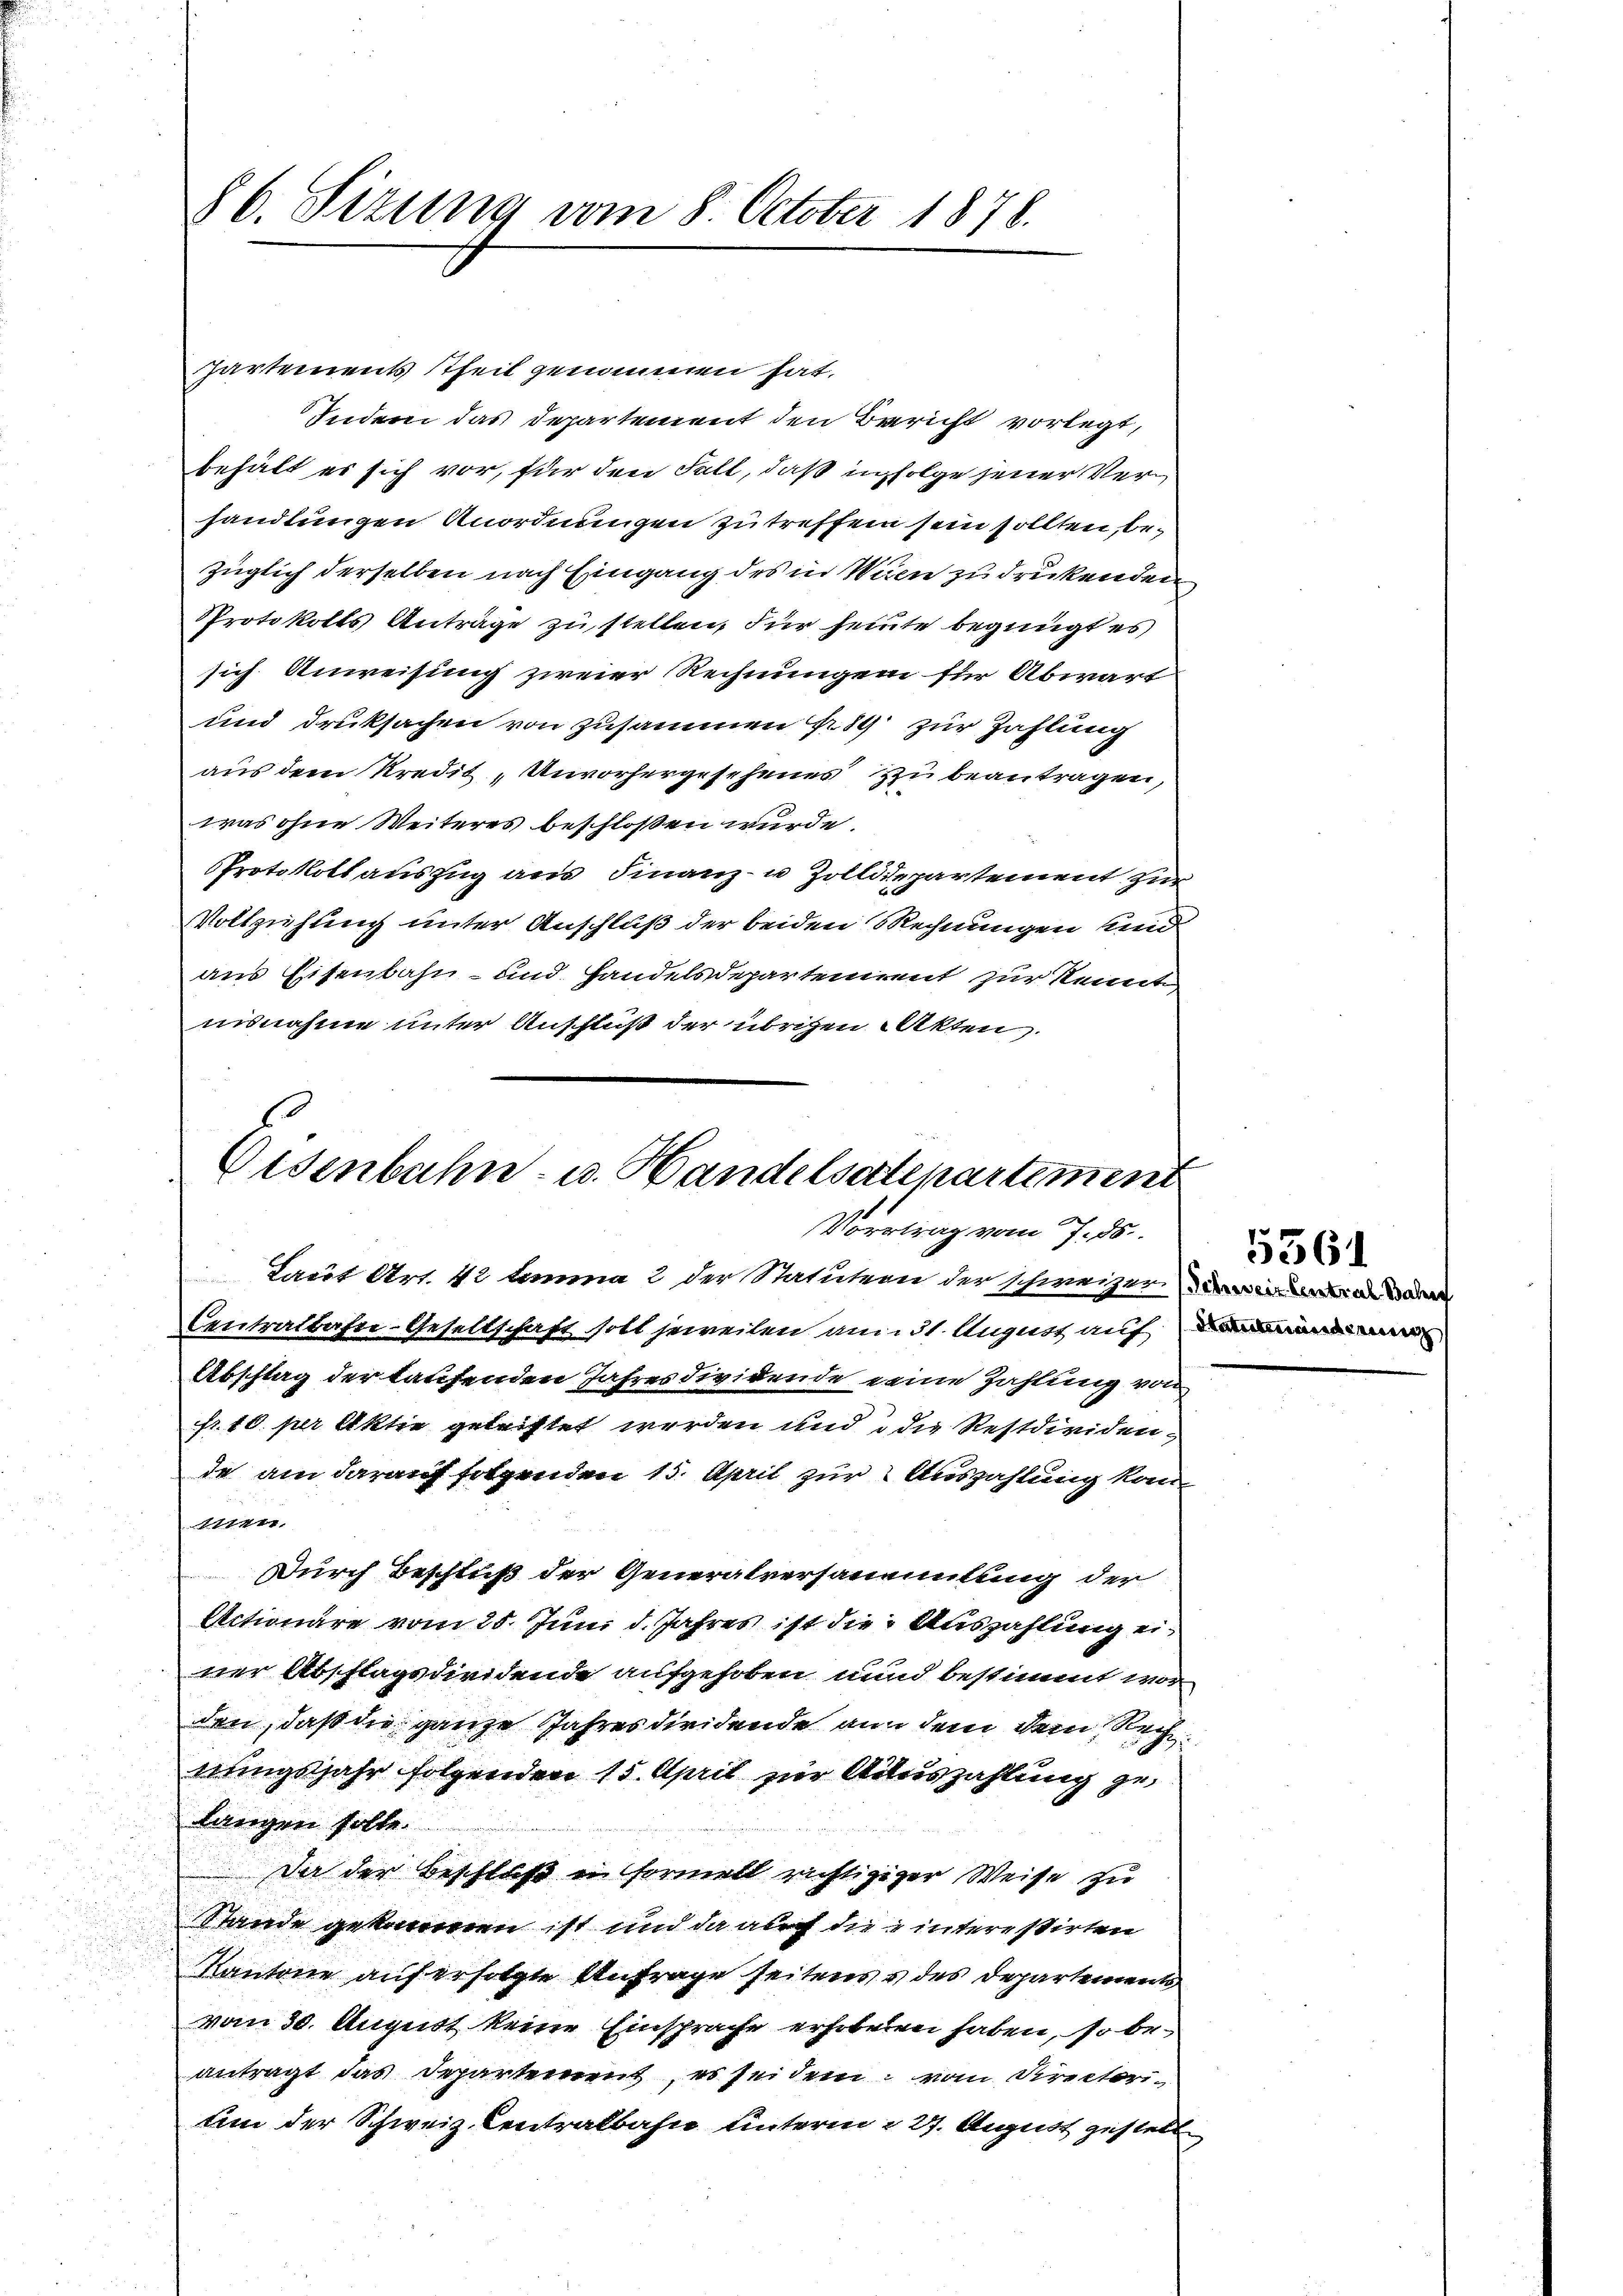
86. Sizung vom 8. October 1878.

hartements theil genommen hat.
Indem das Departement den Bericht vorlegt,
behält es sich vor, für den Fall, daß infolge jener Verhandlungen Anordnungen zu treffen sein sollten, bezüglich derselben nach Eingang des in Wien zu druckenden
Protokolls Anträge zu stellen, für heute begnügt es
sich Anweisung zweier Rechnungen für Abwart
und Drucksachen von zusammen  89 zur Zahlung
aus dem Kredit, Unvorhergesehenes zu beantragen,
was ohne Weiteres beschloßen wurde.
Protokollauszug aus Finanz- u Zolldepartement zur
Vollziehung unter Anschluß der beiden Rechnungen und
aus Eisenbahn- und Handelsdepartement zur Kennt
unnahme unter Ausfluß der übrigen Akten.

Eisenbahn- u. Handelsartepartement
Vortrag vom 7. ds.
Laut Art. 42 lemma 2 der Statutern der schweizerina war

Centralbahne-Gesellschaft soll jeweilen am 31. August auf
Abschlag der taufenden Jahres dividende eine Zahlung von
fr. 10. per Aktie getrichtet werden und die Restdividen,
de am darauf folgenden 15. April zur Auszahlung komm
mer.
Durch Beschluß der Generalversammlung der
Actionäre vom 25. Juni d. Jahres ist die Auszahlung einer Abschlagsdiridende aufgehoben unnd bestimmt wor
den, daß die ganze Jahres diridende an dem dem Rechnungsjahr folgenden 15. April zur Auszahlung gelangen solte.
Da der Beschluß in Formell richtigiger Weise zu
Stande gekommen ist und da auch die interestirten
Kantone auf erfolgte Anfrage seitens & des Departements
vom 30. August keine Einsprache erhobeten haben, so beantragt das Departement, es sei dem vom Directorium der Schweiz. Centralbahn hinterm 27. August zustell

5361